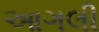
આગલી